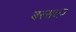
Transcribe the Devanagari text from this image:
बरसल्ज़